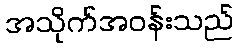
အသိုက်အဝန်းသည်